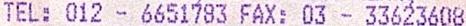
TEL: 012 - 6651783 FAX: 03 - 33623608